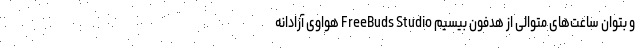
و بتوان ساعت‌های متوالی از هدفون بیسیم FreeBuds Studio هواوی آزادانه